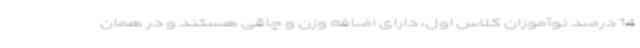
14 درصد نوآموزان کلاس اول، دارای اضافه وزن و چاقی هستند و در همان